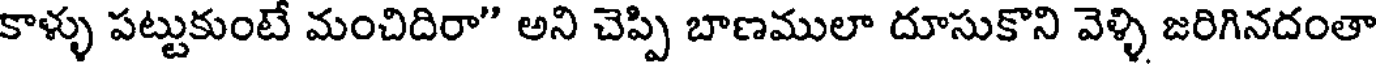
కాళ్ళు పట్టుకుంటే మంచిదిరా" అని చెప్పి బాణములా దూసుకొని వెళ్ళి జరిగినదంతా